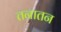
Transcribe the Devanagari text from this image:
तनातन